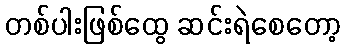
တစ်ပါးဖြစ်ထွေ ဆင်းရဲစေတော့